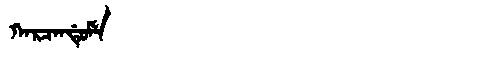
Manchu: ᡴᠠᡵᠴᠠᠨᡩᡠᠮᡝ
Romanization: KARCANDUME